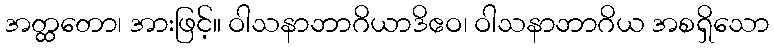
အတ္ထတော၊ အားဖြင့်။ ဝါသနာဘာဂိယာဒိဧဝ၊ ဝါသနာဘာဂိယ အစရှိသော